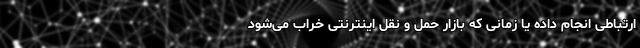
ارتباطی انجام داده یا زمانی که بازارِ حمل و نقل اینترنتی خراب می‌شود